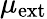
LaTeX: \mu_{\mathrm{ext}}